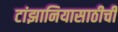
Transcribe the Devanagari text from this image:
टांझानियासाठीची